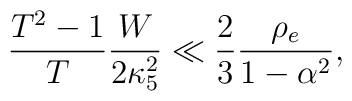
\frac{T^2-1}{T}\frac{W}{2\kappa^2_5} \ll \frac{2}{3}\frac{\rho_e}{1-\alpha^2},